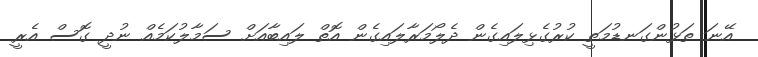
އޭނަ ތަޅުންގަނޑުމަތީ ކުރުގެޅިލައިގެން ދެލޯމަރާލައިގެން އޮތް ލައިބާއަށް ސަމާލުކަމެއް ނުދީ ގޮސް އެރީ